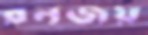
রনজয়